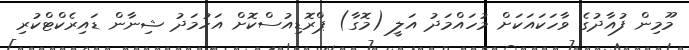
މޫމިން ފުއާދުގެ ވާހަކައަކަށް މުހައްމަދު އަލީ (މޮގާ) ޕްރޮޑިއުސްކޮށް އަހުމަދު ޝިނާން ޑައިރެކްޓްކުރި